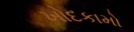
ખોદકામો